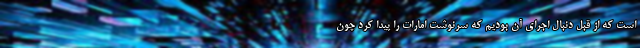
است که از قبل دنبال اجرای آن بودیم که سرنوشت امارات را پیدا کرد چون